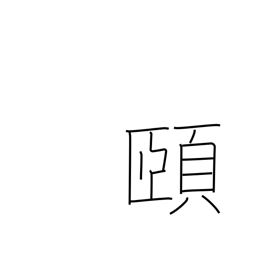
Meaning: chin